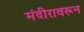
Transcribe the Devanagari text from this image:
मंदीरावरून